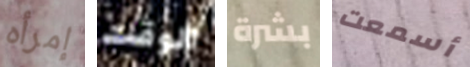
إمرأه الوقت بشرة أسمعت